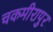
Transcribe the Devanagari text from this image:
चकमीरापुर